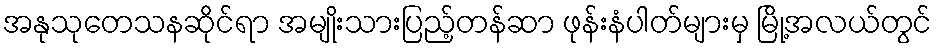
အနုသုတေသနဆိုင်ရာ အမျိုးသားပြည့်တန်ဆာ ဖုန်းနံပါတ်များမှ မြို့အလယ်တွင်